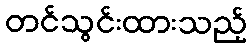
တင်သွင်းထားသည့်